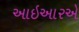
આઇઆરએ